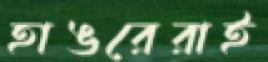
হাঙরেরাই